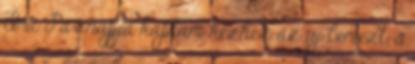
Imi Pár napja kaptam kézhez az új lemezt, s